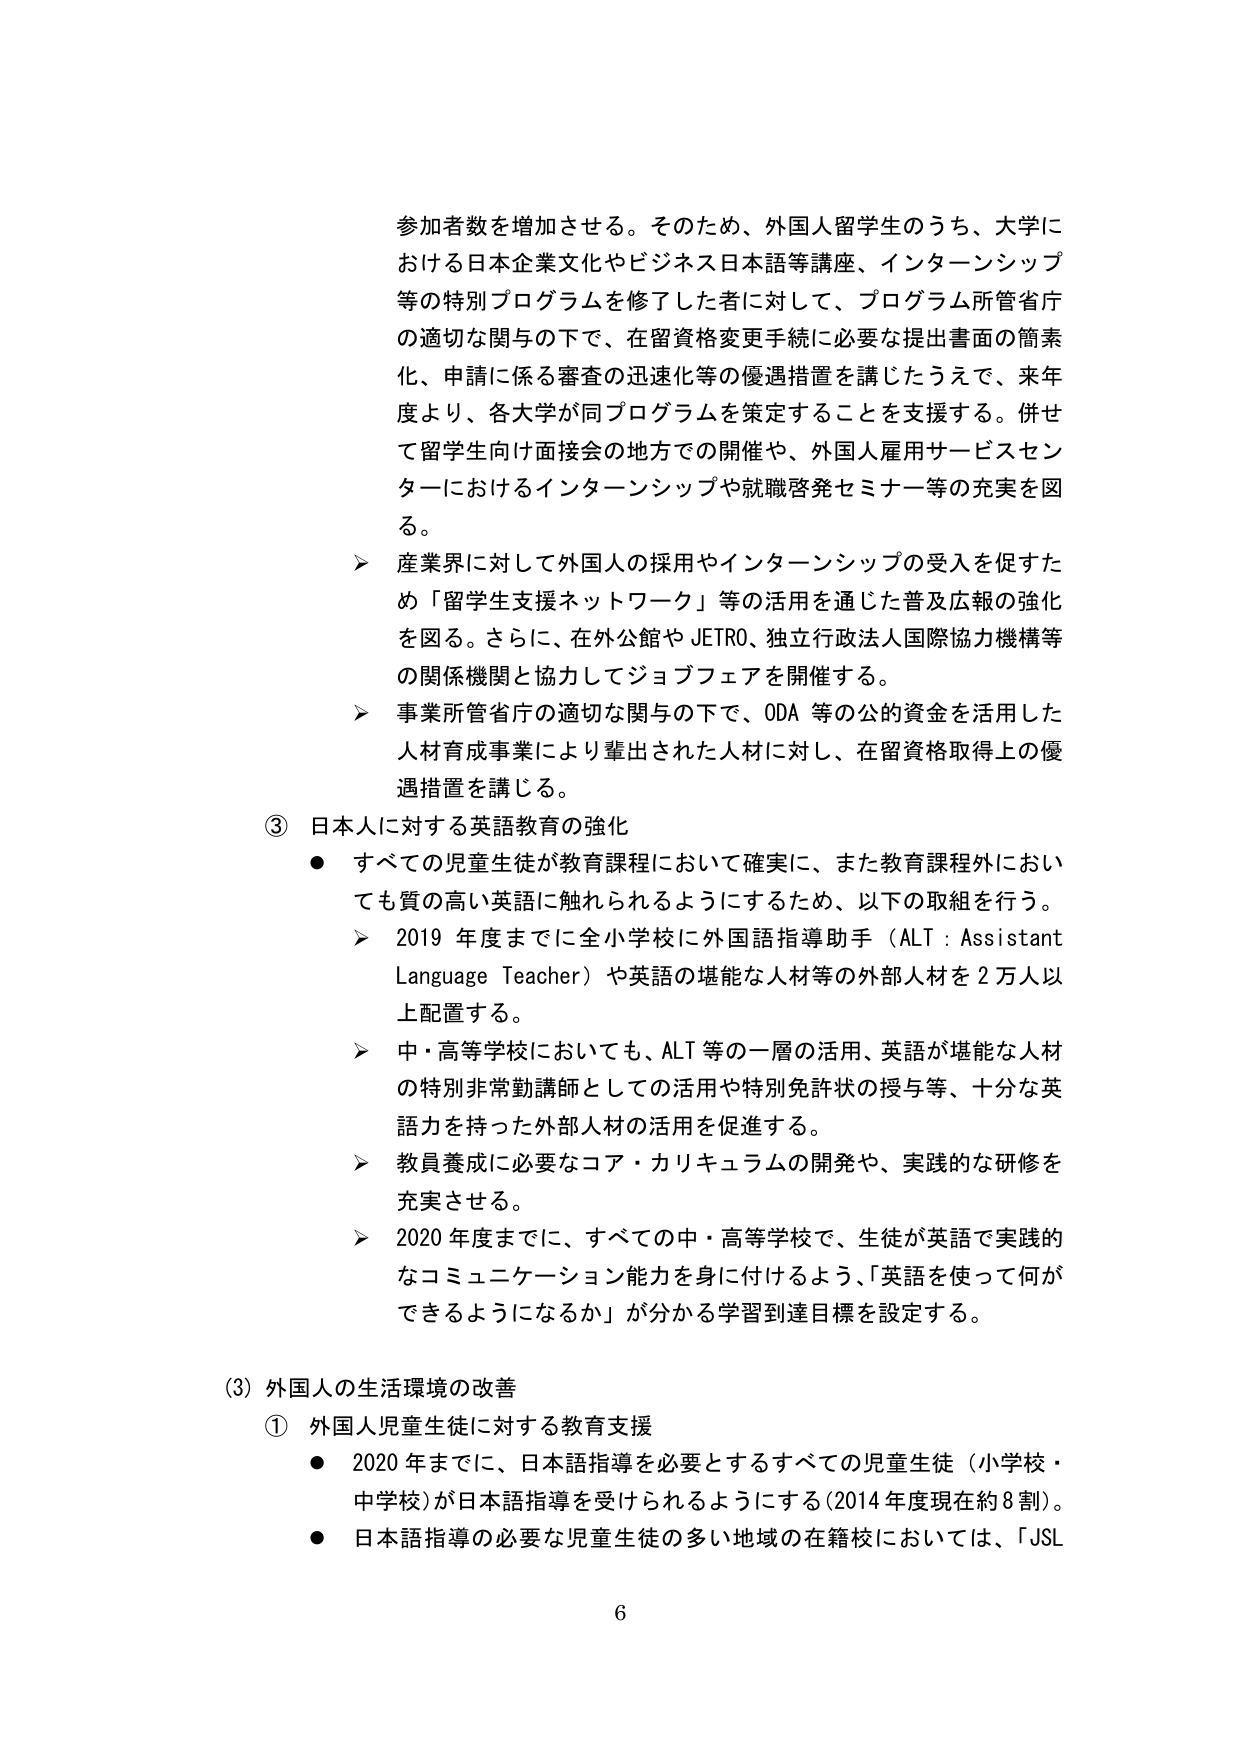
参加者数を増加させる。そのため、外国人留学生のうち、大学における日本企業文化やビジネス日本語等講座、インターンシップ等の特別プログラムを修了した者に対して、プログラム所管省庁の適切な関与の下で、在留資格変更手続に必要な提出書面の簡素化、申請に係る審査の迅速化等の優遇措置を講じたうえで、来年度より、各大学が同プログラムを策定することを支援する。併せて留学生向け面接会の地方での開催や、外国人雇用サービスセンターにおけるインターンシップや就職啓発セミナー等の充実を図る。

➤ 産業界に対して外国人の採用やインターンシップの受入を促すため「留学生支援ネットワーク」等の活用を通じた普及広報の強化を図る。さらに、在外公館やJETRO、独立行政法人国際協力機構等の関係機関と協力してジョブフェアを開催する。

➤ 事業所管省庁の適切な関与の下で、ODA等の公的資金を活用した人材育成事業により輩出された人材に対し、在留資格取得上の優遇措置を講じる。

③ 日本人に対する英語教育の強化

● すべての児童生徒が教育課程において確実に、また教育課程外においても質の高い英語に触れられるようにするため、以下の取組を行う。

➤ 2019年度までに全小学校に外国語指導助手（ALT：Assistant Language Teacher）や英語の堪能な人材等の外部人材を2万人以上配置する。

➤ 中・高等学校においても、ALT等の一層の活用、英語が堪能な人材の特別非常勤講師としての活用や特別免許状の授与等、十分な英語力を持った外部人材の活用を促進する。

➤ 教員養成に必要なコア・カリキュラムの開発や、実践的な研修を充実させる。

➤ 2020年度までに、すべての中・高等学校で、生徒が英語で実践的なコミュニケーション能力を身に付けるよう、「英語を使って何ができるようになるか」が分かる学習到達目標を設定する。

(3) 外国人の生活環境の改善

① 外国人児童生徒に対する教育支援

● 2020年までに、日本語指導を必要とするすべての児童生徒（小学校・中学校）が日本語指導を受けられるようにする（2014年度現在約8割）。

● 日本語指導の必要な児童生徒の多い地域の在籍校においては、「JSL

6